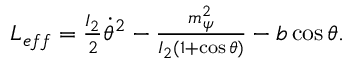
\begin{array} { r } { L _ { e f f } = \frac { I _ { 2 } } { 2 } \dot { \theta } ^ { 2 } - \frac { m _ { \psi } ^ { 2 } } { I _ { 2 } ( 1 + \cos \theta ) } - b \cos \theta . } \end{array}